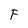
Character: F